Vaccination United Provinces of Agra and Oudh 1902-1913 - 1902-1913
Year: 1902
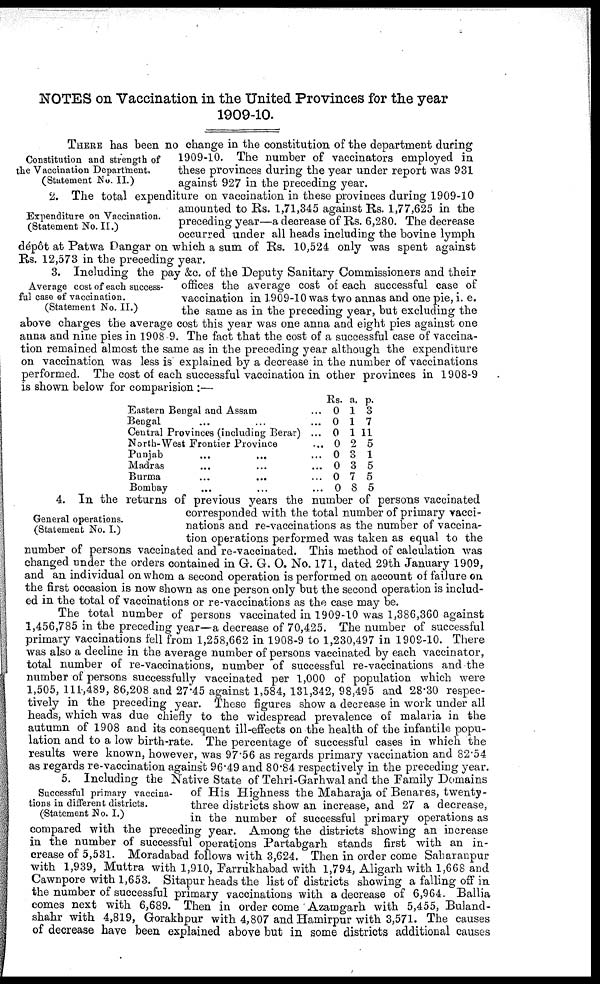
NOTES on Vaccination in the United Provinces for the year
1909-10.
Constitution and strength of
the Vaccination Department.
(Statement No. II.)
THERE has been no change in the constitution of the department during
1909-10. The number of vaccinators employed in
these provinces during the year under report was 931
against 927 in the preceding year.
Expenditure on Vaccination.
(Statement No. II.)
2. The total expenditure on vaccination in these provinces during 1909-10
amounted to Rs. 1,71,345 against Rs. 1,77,625 in the
preceding year—a decrease of Rs. 6,280. The decrease
occurred under all heads including the bovine lymph
depôt at Patwa Dangar on which a sum of Rs. 10,524 only was spent against
Rs. 12,573 in the preceding year.
Average cost of each success-
ful case of vaccination.
(Statement No. II.)
3. Including the pay &c. of the Deputy Sanitary Commissioners and their
offices the average cost of each successful case of
vaccination in 1909-10 was two annas and one pie, i. e.
the same as in the preceding year, but excluding the
above charges the average cost this year was one anna and eight pies against one
anna and nine pies in 1908.9. The fact that the cost of a successful case of vaccina-
tion remained almost the same as in the preceding year although the expenditure
on vaccination was less is explained by a decrease in the number of vaccinations
performed. The cost of each successful vaccination in other provinces in 1908-9
is shown below for comparision :—
Eastern Bengal and Assam ... ...
Bengal ... ...
Central Provinces (including Berar) ...
North-West Frontier Province ...
Punjab ... ... ... ...
Madras ... ... ... ...
Burma
...
...
...
...
Bombay ... ... ... ...
Rs.
0
0
0
0
0
0
0
0
a.
1
1
1
2
3
3
7
8
p. 3
7
11
5
1
5
5
5
General operations.
(Statement No. I.)
4. In the returns of previous years the number of persons vaccinated
corresponded with the total number of primary vacci-
nations and re-vaccinations as the number of vaccina-
tion operations performed was taken as equal to the
number of persons vaccinated and re-vaccinated. This method of calculation was
changed under the orders contained in G. G. O. No. 171, dated 29th January 1909,
and an individual on whom a second operation is performed on account of failure on
the first occasion is now shown as one person only but the second operation is includ-
ed in the total of vaccinations or re-vaccinations as the case may be.
The total number of persons vaccinated in 1909-10 was 1,386,360 against
1,456,785 in the preceding year—a decrease of 70,425. The number of successful
primary vaccinations fell from 1,258,662 in 1908-9 to 1,230,497 in 1909-10. There
was also a decline in the average number of persons vaccinated by each vaccinator,
total number of re-vaccinations, number of successful re-vaccinations and the
number of persons successfully vaccinated per 1,000 of population which were
1,505, 111,489, 86,208 and 27.45 against 1,584, 131,342, 98,495 and 28.30 respec-
tively in the preceding year. These figures show a decrease in work under all
heads, which was due chiefly to the widespread prevalence of malaria in the
autumn of 1908 and its consequent ill-effects on the health of the infantile popu-
lation and to a low birth-rate. The percentage of successful cases in which the
results were known, however, was 97.56 as regards primary vaccination and 82.54
as regards re-vaccination against 96.49 and 80.84 respectively in the preceding year.
Successful primary vaccina-
tions in different districts.
(Statement No. I.)
5. Including the Native State of Tehri-Garhwal and the Family Domains
of His Highness the Maharaja of Benares, twenty-
three districts show an increase, and 27 a decrease,
in the number of successful primary operations as
compared with the preceding year. Among the districts showing an increase
in the number of successful operations Partabgarh stands first with an in-
crease of 5,531. Moradabad follows with 3,624. Then in order come Saharanpur
with 1,939, Muttra with 1,910, Farrukhabad with 1,794, Aligarh with 1,668 and
Cawnpore with 1,653. Sitapur heads the list of districts showing a falling off in
the number of successful primary vaccinations with a decrease of 6,964. Ballia
comes next with 6,689. Then in order come Azamgarh with 5,455, Buland-
shahr with 4,819, Gorakhpur with 4,807 and Hamirpur with 3,571. The causes
of decrease have been explained above but in some districts additional causes